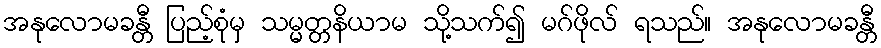
အနုလောမခန္တီ ပြည့်စုံမှ သမ္မတ္တနိယာမ သို့သက်၍ မဂ်ဖိုလ် ရသည်။ အနုလောမခန္တီ